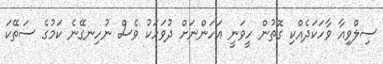
ސިލްވިއާ ވާހަކަދެއްކި ގޮތުން ހީވަނީ އަހަންނަށް ދުވަހަކު ވެސް ނުހިނގޭނެ ކަމުގެ ސަތޭކަ